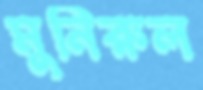
মুনিরুল